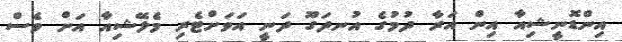
އިންޑޮނީޝިއާ އިން އަރާ ދުމުގެ އުނދަގޫ ދަނީ އަވަށްޓެރި މެލޭޝިއާ އަށް ވެސް